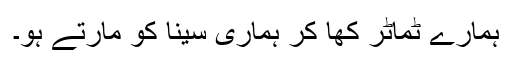
ہمارے ٹماٹر کھا کر ہماری سینا کو مارتے ہو۔